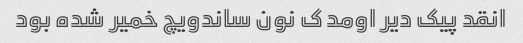
انقد پیک دیر اومد ک نون ساندویچ خمیر شده بود